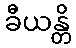
ခီယန္တိ